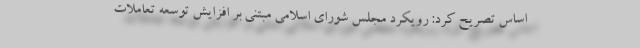
اساس تصریح کرد: رویکرد مجلس شورای اسلامی مبتنی بر افزایش توسعه تعاملات